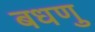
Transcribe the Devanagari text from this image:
बधणु